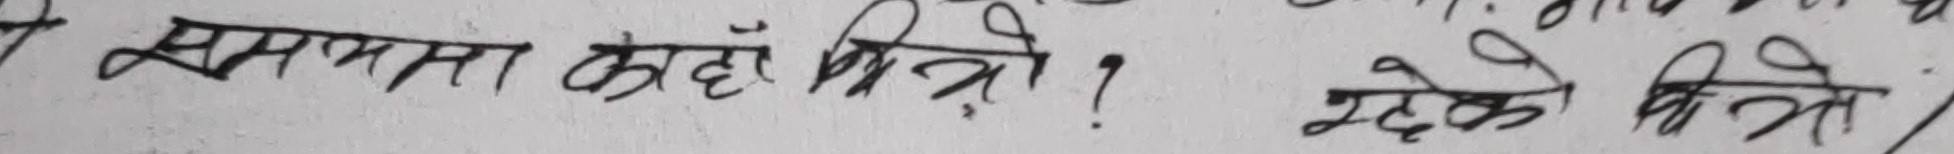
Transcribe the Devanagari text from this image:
समस्या कहाँ भित्रो ? रहेका भेने/